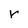
Character: r